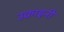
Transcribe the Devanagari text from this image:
उक्राइनी